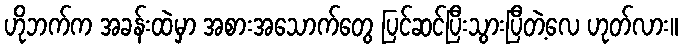
ဟိုဘက်က အခန်းထဲမှာ အစားအသောက်တွေ ပြင်ဆင်ပြီးသွားပြီတဲ့လေ ဟုတ်လား။